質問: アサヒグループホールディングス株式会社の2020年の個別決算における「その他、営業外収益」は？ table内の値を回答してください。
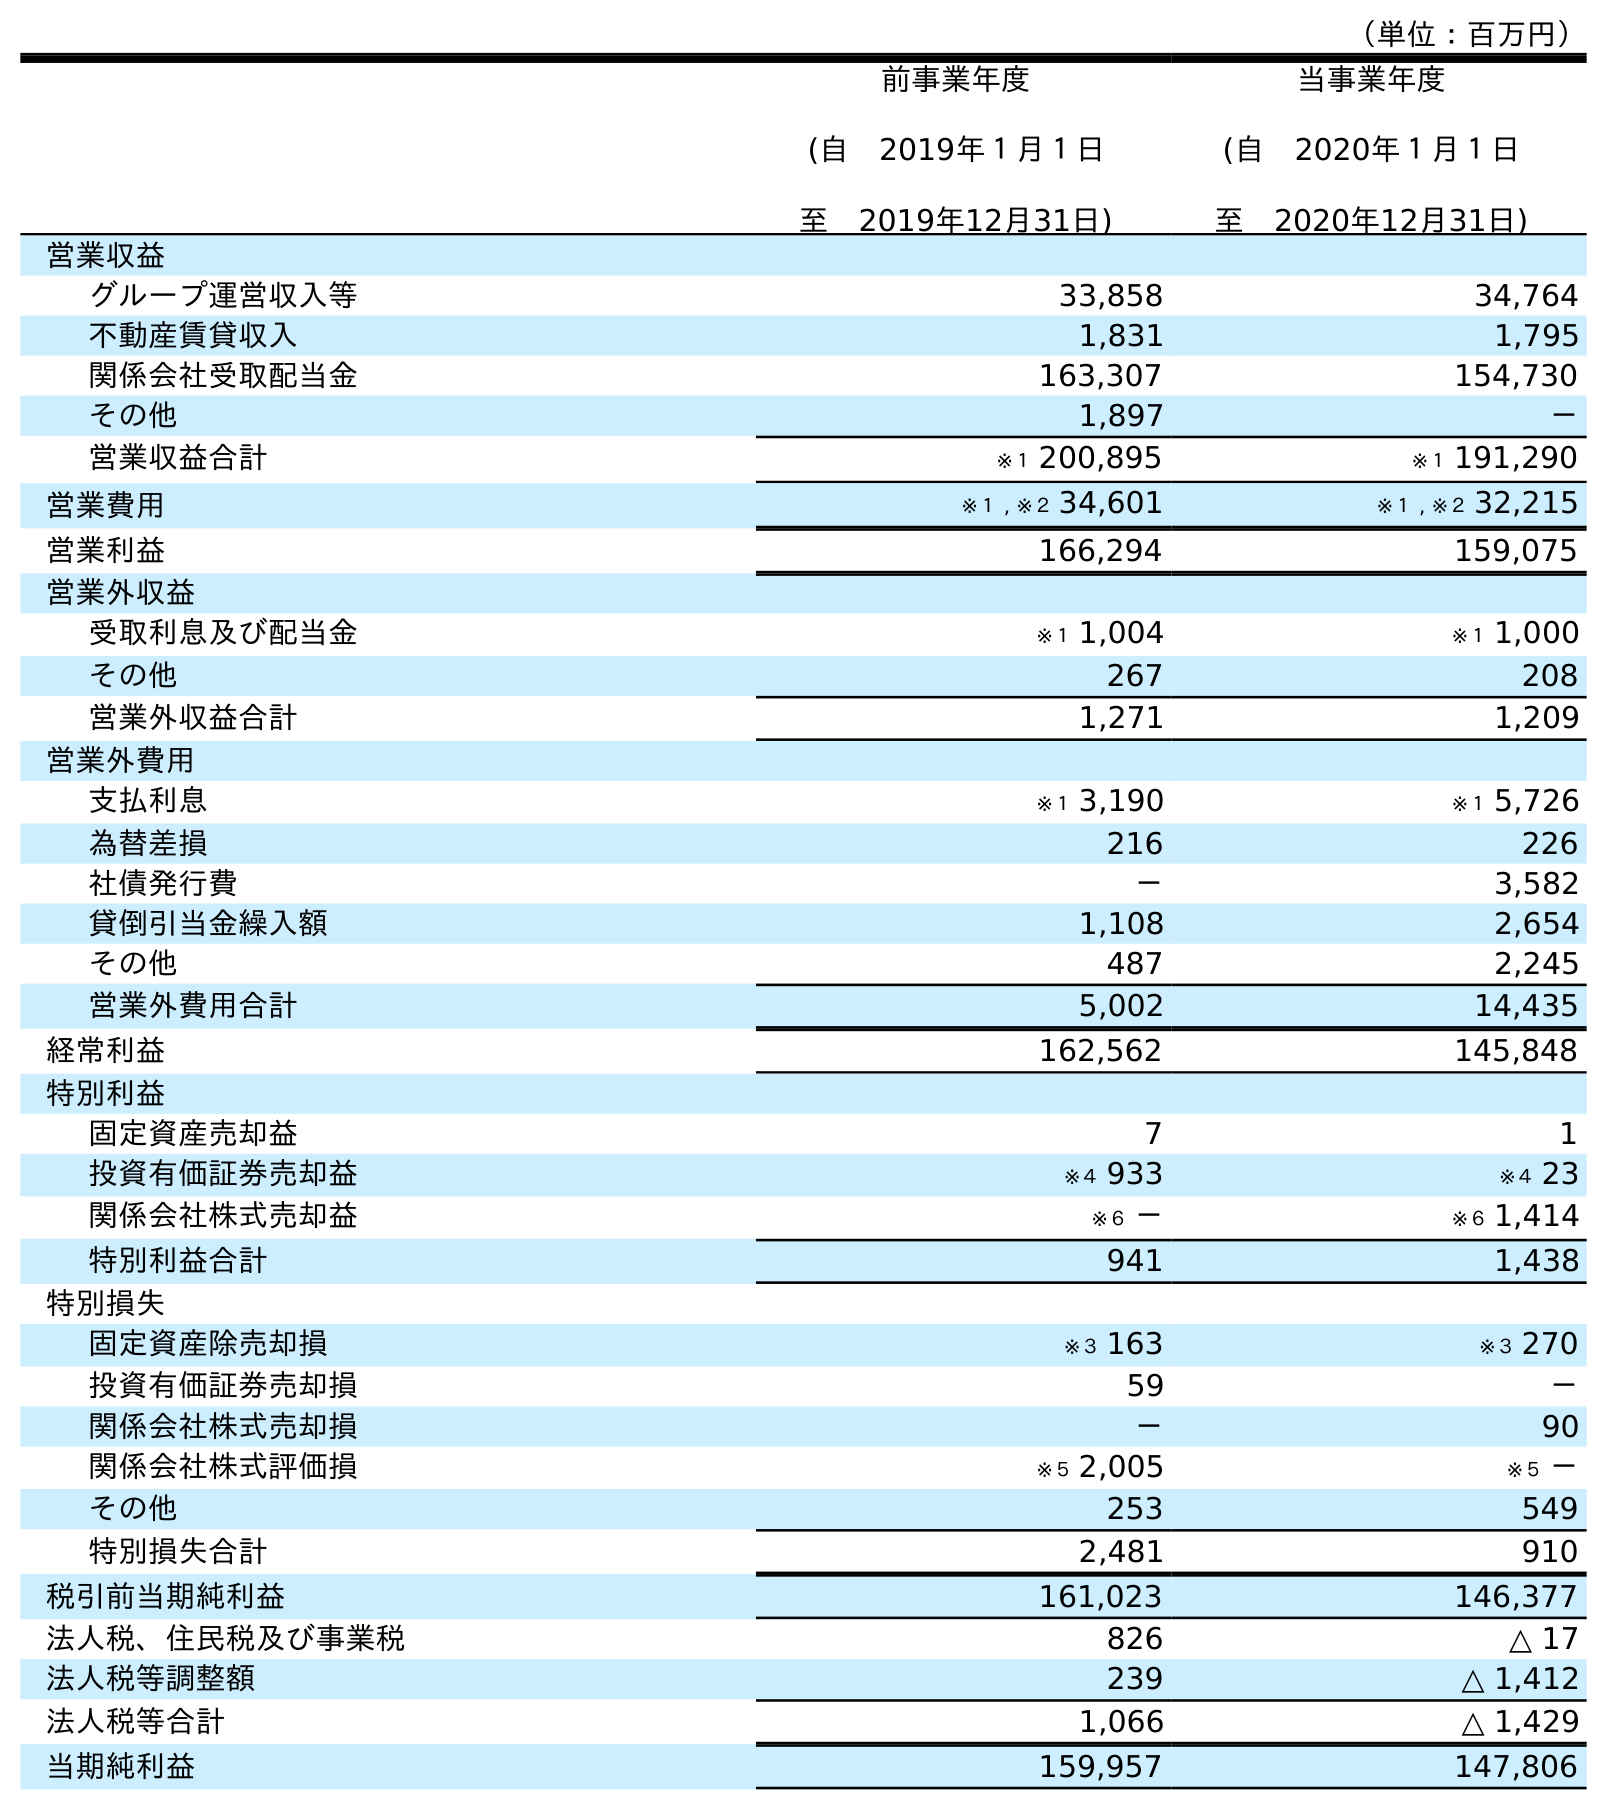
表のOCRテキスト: （単位：百万円） 前事業年度 (自 2019年１月１日 至 2019年12月31日) 当事業年度 (自 2020年１月１日 至 2020年12月31日) 営業収益 グループ運営収入等 33,858 34,764 不動産賃貸収入 1,831 1,795 関係会社受取配当金 163,307 154,730 その他 1,897 － 営業収益合計 ※１ 200,895 ※１ 191,290 営業費用 ※１ , ※２ 34,601 ※１ , ※２ 32,215 営業利益 166,294 159,075 営業外収益 受取利息及び配当金 ※１ 1,004 ※１ 1,000 その他 267 208 営業外収益合計 1,271 1,209 営業外費用 支払利息 ※１ 3,190 ※１ 5,726 為替差損 216 226 社債発行費 － 3,582 貸倒引当金繰入額 1,108 2,654 その他 487 2,245 営業外費用合計 5,002 14,435 経常利益 162,562 145,848 特別利益 固定資産売却益 7 1 投資有価証券売却益 ※４ 933 ※４ 23 関係会社株式売却益 ※６ － ※６ 1,414 特別利益合計 941 1,438 特別損失 固定資産除売却損 ※３ 163 ※３ 270 投資有価証券売却損 59 － 関係会社株式売却損 － 90 関係会社株式評価損 ※５ 2,005 ※５ － その他 253 549 特別損失合計 2,481 910 税引前当期純利益 161,023 146,377 法人税、住民税及び事業税 826 △ 17 法人税等調整額 239 △ 1,412 法人税等合計 1,066 △ 1,429 当期純利益 159,957 147,806
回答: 208